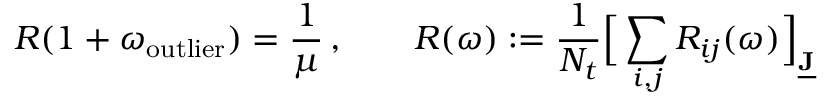
R ( 1 + \omega _ { \mathrm { o u t l i e r } } ) = \frac { 1 } { \mu } \, , \qquad R ( \omega ) : = \frac { 1 } { N _ { t } } \Big [ \sum _ { i , j } R _ { i j } ( \omega ) \Big ] _ { \underline { { \mathbf { J } } } }